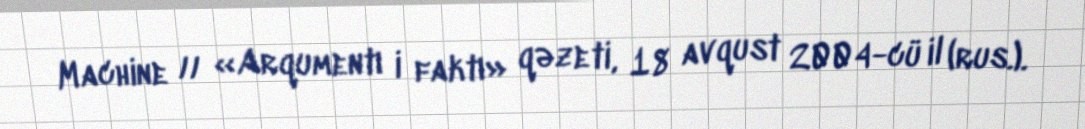
Machine // «Arqumentı i faktı» qəzeti, 18 avqust 2004-cü il (rus.).